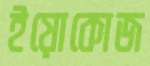
ইয়োকোজ